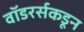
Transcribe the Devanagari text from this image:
वॉडरर्सकडून